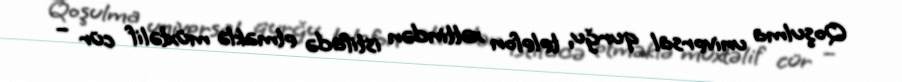
Qoşulma universal qurğu, telefon xəttindən istifadə etməklə müxtəlif cür –